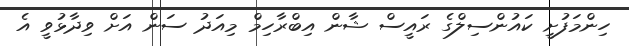
ހިންމަފުށީ ކައުންސިލްގެ ރައީސް ޝާން އިބްރާހިމް މިއަދު ސަން އަށް ވިދާޅުވީ އެ